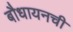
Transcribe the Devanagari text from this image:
बौधायनची